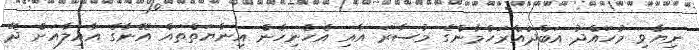
ނިޔާވި މުހައްދު އަބްދުއްރަހްމާންގެ މުސާރަ އާއި އެހެނިހެން އިނާޔަތްތައް އޭނާގެ އާއިލާއަށް ދޭ